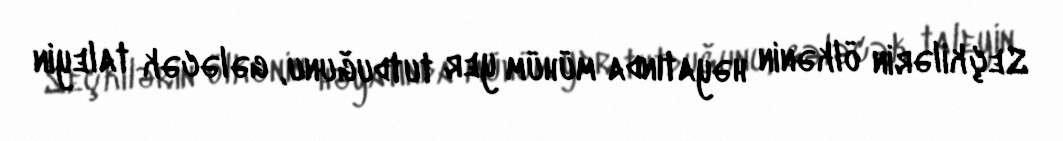
Seçkilərin ölkənin həyatında mühüm yer tutduğunu, gələcək taleyin